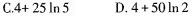
C.$$4+25ln5$$ D.$$4+50ln2$$